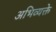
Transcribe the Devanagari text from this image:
अभिव्यक्ते